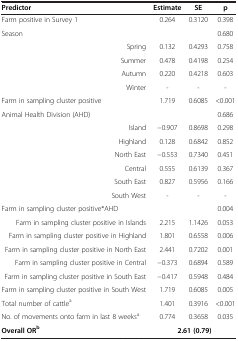
<table><thead><tr><td><b>Predictor</b></td><td><b>Estimate</b></td><td><b>SE</b></td><td><b>p</b></td></tr></thead><tbody><tr><td>Farm positive in Survey 1</td><td>0.264</td><td>0.3120</td><td>0.398</td></tr><tr><td>Season</td><td> </td><td> </td><td>0.680</td></tr><tr><td>Spring</td><td>0.132</td><td>0.4293</td><td>0.758</td></tr><tr><td>Summer</td><td>0.478</td><td>0.4198</td><td>0.254</td></tr><tr><td>Autumn</td><td>0.220</td><td>0.4218</td><td>0.603</td></tr><tr><td>Winter</td><td>-</td><td>-</td><td>-</td></tr><tr><td>Farm in sampling cluster positive</td><td>1.719</td><td>0.6085</td><td>&lt;0.001</td></tr><tr><td>Animal Health Division (AHD)</td><td> </td><td> </td><td>0.686</td></tr><tr><td>Island</td><td>−0.907</td><td>0.8698</td><td>0.298</td></tr><tr><td>Highland</td><td>0.128</td><td>0.6842</td><td>0.852</td></tr><tr><td>North East</td><td>−0.553</td><td>0.7340</td><td>0.451</td></tr><tr><td>Central</td><td>0.555</td><td>0.6139</td><td>0.367</td></tr><tr><td>South East</td><td>0.827</td><td>0.5956</td><td>0.166</td></tr><tr><td>South West</td><td>-</td><td>-</td><td>-</td></tr><tr><td>Farm in sampling cluster positive*AHD</td><td> </td><td> </td><td>0.004</td></tr><tr><td>Farm in sampling cluster positive in Islands</td><td>2.215</td><td>1.1426</td><td>0.053</td></tr><tr><td>Farm in sampling cluster positive in Highland</td><td>1.801</td><td>0.6558</td><td>0.006</td></tr><tr><td>Farm in sampling cluster positive in North East</td><td>2.441</td><td>0.7202</td><td>0.001</td></tr><tr><td>Farm in sampling cluster positive in Central</td><td>−0.373</td><td>0.6894</td><td>0.589</td></tr><tr><td>Farm in sampling cluster positive in South East</td><td>−0.417</td><td>0.5948</td><td>0.484</td></tr><tr><td>Farm in sampling cluster positive in South West</td><td>1.719</td><td>0.6085</td><td>0.005</td></tr><tr><td>Total number of cattle<sup>a</sup></td><td>1.401</td><td>0.3916</td><td>&lt;0.001</td></tr><tr><td>No. of movements onto farm in last 8 weeks<sup>a</sup></td><td>0.774</td><td>0.3658</td><td>0.035</td></tr><tr><td><b>Overall OR</b><sup><b>b</b></sup></td><td colspan="3"><b>2.61 (0.79)</b></td></tr></tbody></table>